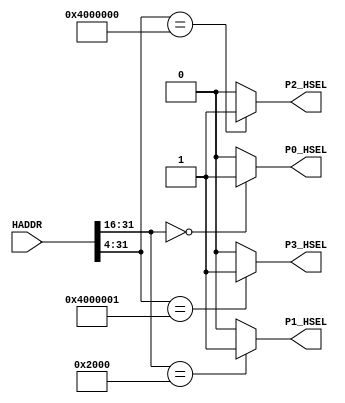
// This program was cloned from: https://github.com/flyjancy/CortexM0_SoC_Task
// License: MIT License

module AHBlite_Decoder
#(
    /*RAMCODE enable parameter*/
    parameter Port0_en = 1,
    /************************/

    /*RAMDATA enable parameter*/
    parameter Port1_en = 1,
    /************************/

    /*Keyboard enable parameter*/
    parameter Port2_en = 1,
    /************************/

    /*Segdisp enable parameter*/
    parameter Port3_en = 1
    /************************/
)(
    input [31:0] HADDR,

    /*RAMCODE OUTPUT SELECTION SIGNAL*/
    output wire P0_HSEL,

    /*Keyboard OUTPUT SELECTION SIGNAL*/
    output wire P1_HSEL,

    /*RAMDATA OUTPUT SELECTION SIGNAL*/
    output wire P2_HSEL,

    /*UART OUTPUT SELECTION SIGNAL*/
    output wire P3_HSEL       
);

//RAMCODE-----------------------------------

//0x00000000-0x0000ffff
/*Insert RAMCODE decoder code there*/
assign P0_HSEL = (HADDR[31:16] == 16'h0000) ? Port0_en : 1'b0; 
/***********************************/

//RAMDATA-----------------------------

//0X20000000-0X2000FFFF
/*Insert RAMDATA decoder code there*/
assign P1_HSEL = (HADDR[31:16] == 16'h2000) ? Port1_en : 1'b0; 
/***********************************/

//PERIPHRAL-----------------------------

//0X40000000 key_data/key_clear
/*Insert Keyboard decoder code there*/
assign P2_HSEL = (HADDR[31:4] == 28'h4000000) ? Port2_en : 1'b0; 
/***********************************/

//0X40000010 disp_data
/*Insert DISP decoder code there*/
assign P3_HSEL = (HADDR[31:4] == 28'h4000001) ? Port3_en : 1'b0;
/***********************************/


endmodule